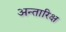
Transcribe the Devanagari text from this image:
अन्तारिक्ष